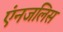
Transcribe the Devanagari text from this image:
एंनजलिस